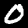
Label: 0